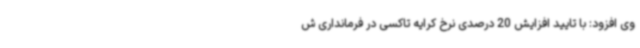
وی افزود: با تایید افزایش 20 درصدی نرخ کرایه تاکسی در فرمانداری ش